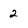
Character: 2